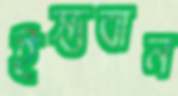
ইস্তবান